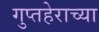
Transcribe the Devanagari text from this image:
गुप्तहेराच्या